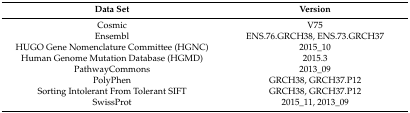
| Data Set | Version |
 | --- | --- |
 | Cosmic | V75 |
 | Ensembl | ENS.76.GRCH38, ENS.73.GRCH37 |
 | HUGO Gene Nomenclature Committee (HGNC) | 2015_10 |
 | Human Genome Mutation Database (HGMD) | 2015.3 |
 | PathwayCommons | 2013_09 |
 | PolyPhen | GRCH38, GRCH37.P12 |
 | Sorting Intolerant From Tolerant SIFT | GRCH38, GRCH37.P12 |
 | SwissProt | 2015_11, 2013_09 |